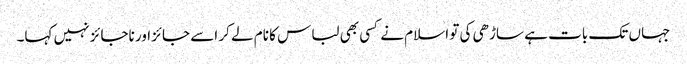
جہاں تک بات ہے ساڑھی کی تو اسلام نے کسی بھی لباس کا نام لے کر اسے جائز اور ناجائز نہیں کہا۔